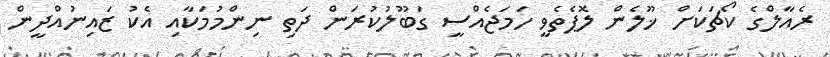
ރެއާލްގެ ކޯޗަކަށް ޚޫލެން ލޮޕެތެވީ ހަމަޖެއްސީ ގަބޫލުކުރަން ދަތި ނިންމުމަކާއި އެކު ޒައިނުއްދީން